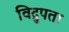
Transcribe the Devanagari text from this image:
विद्रुपता